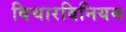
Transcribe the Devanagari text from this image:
विचारविनियम